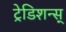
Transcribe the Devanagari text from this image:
ट्रेडिशन्स्‌